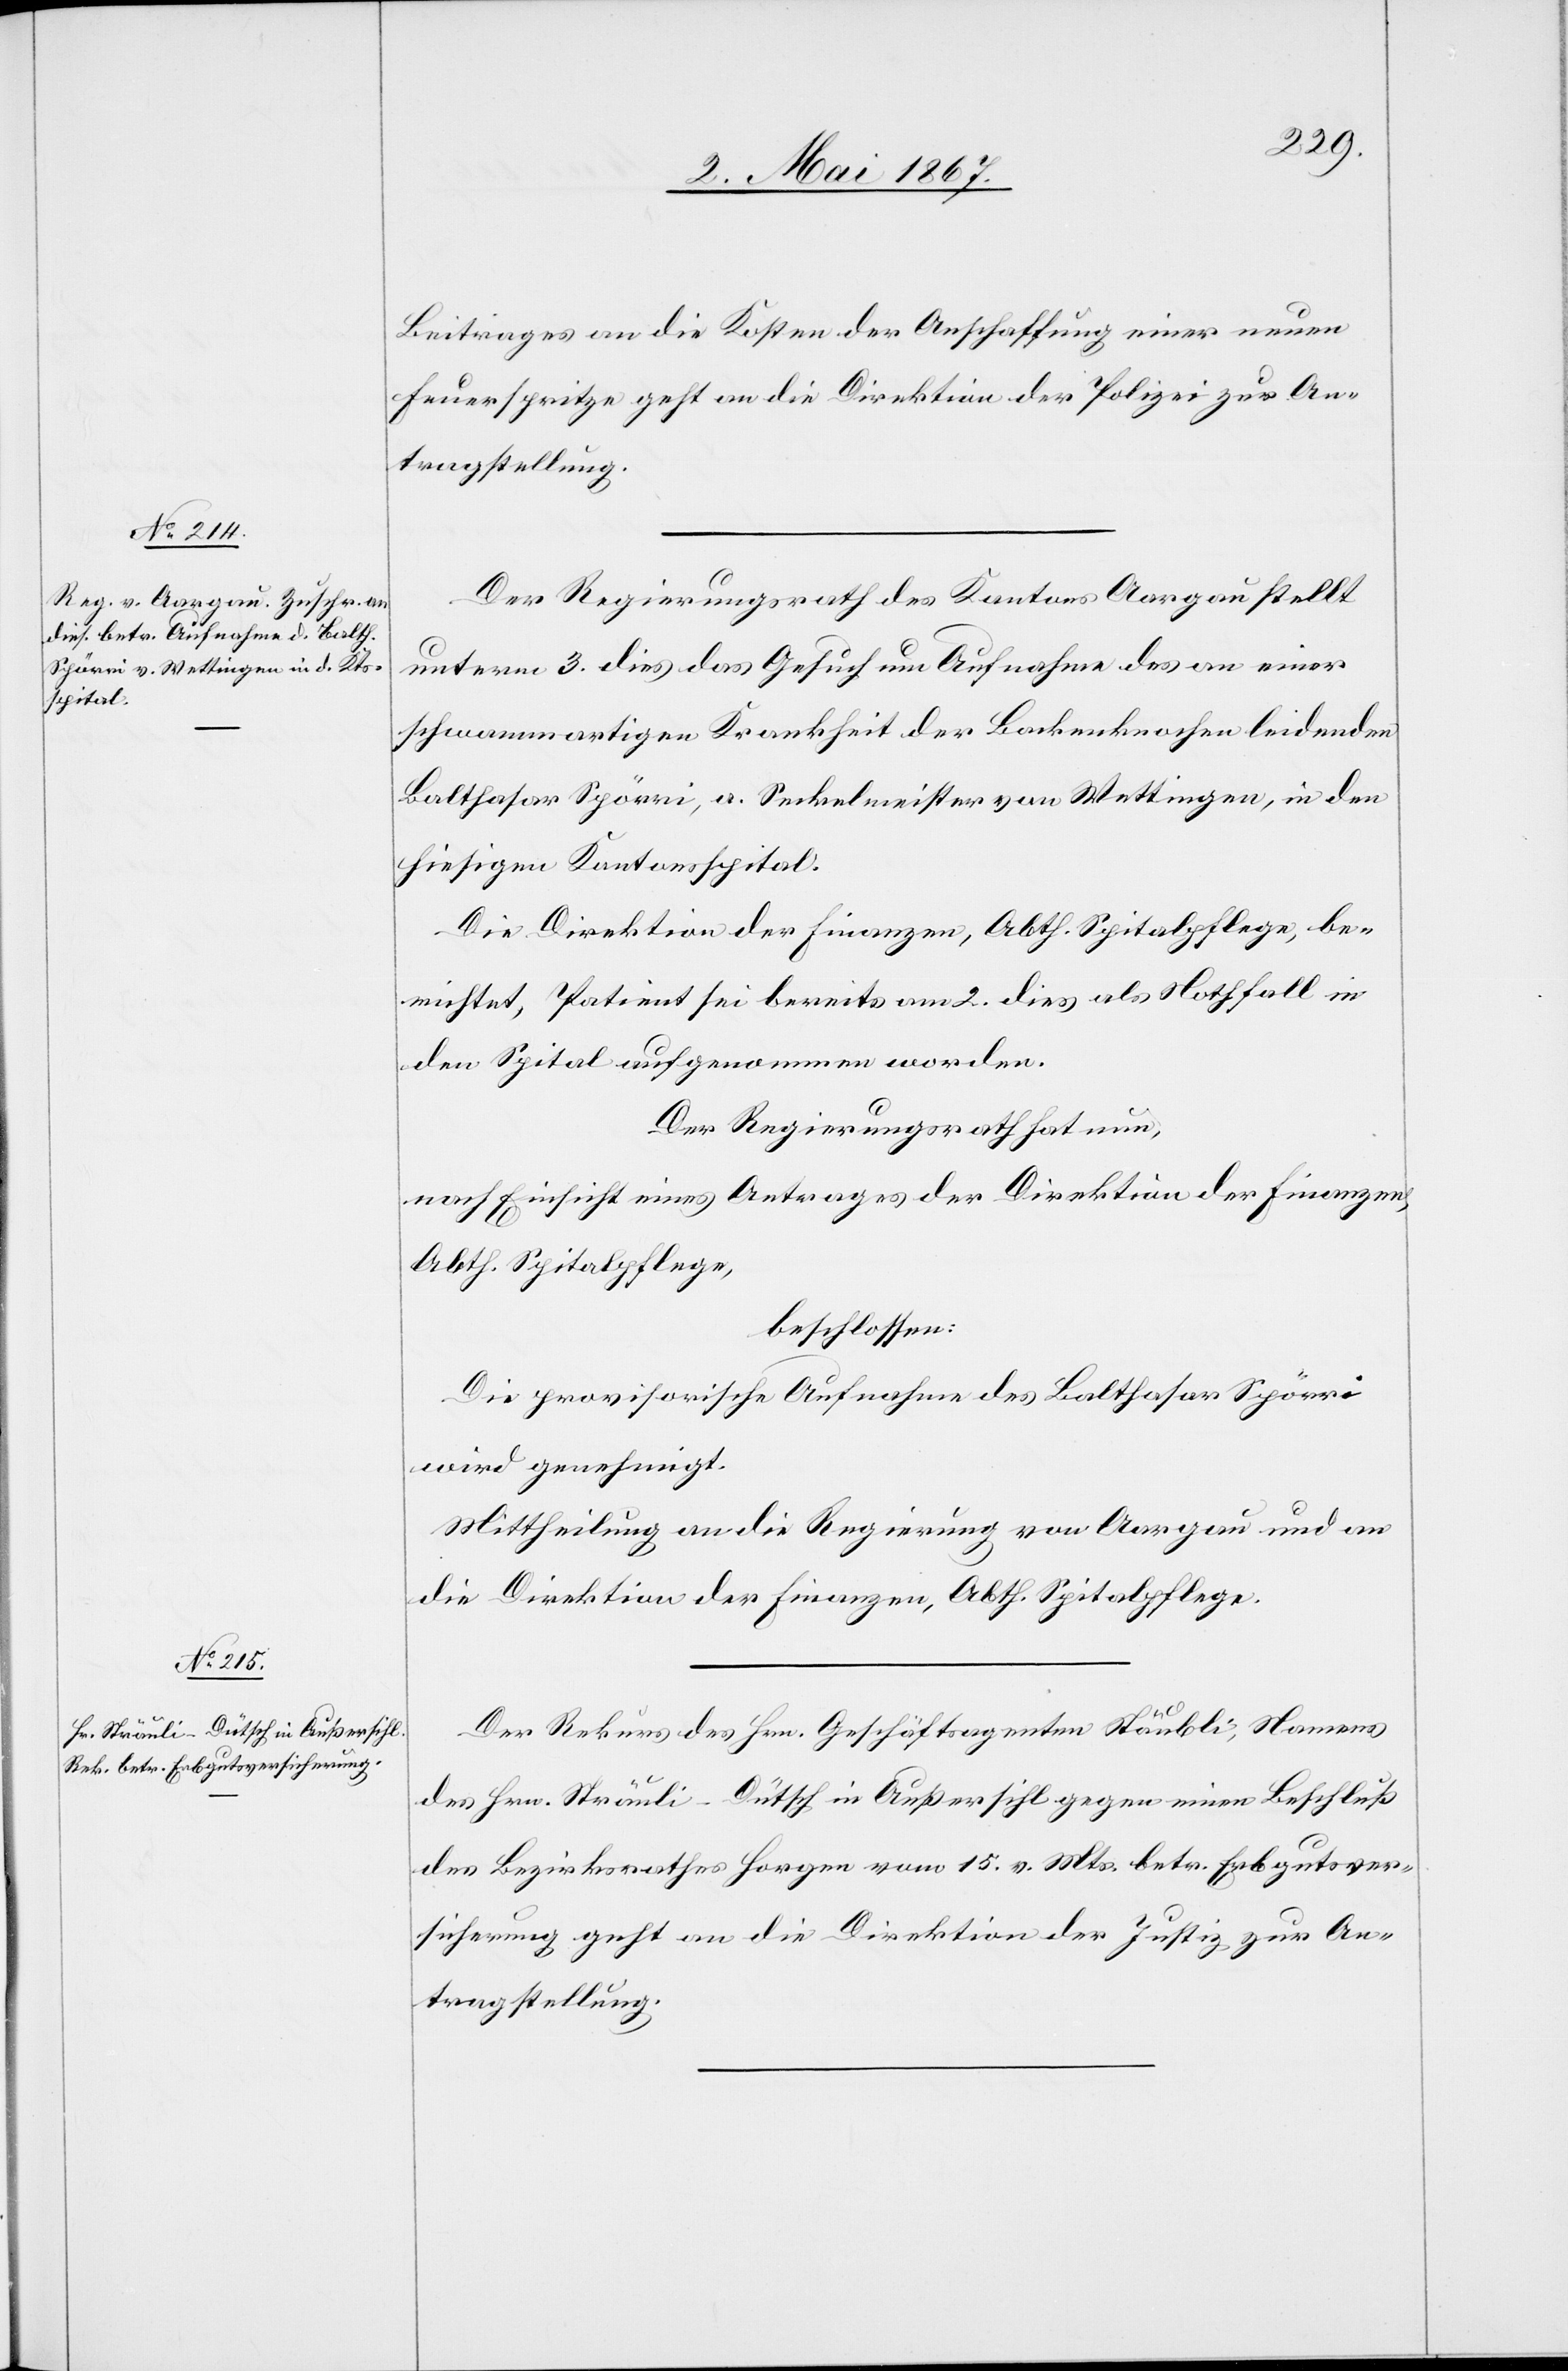
9. Mai 1867.]
Beitrages an die Kosten der Anschaffung einer neuen
Feuerspritze geht an die Direktion der Polizei zur An¬
tragstellung.
Der Regierungsrath des Kantons Aargau stellt
unterm 3. dies das Gesuch um Aufnahme des an einer
schwammartigen Krankheit der Backenknochen leidenden
Balthasar Spörri, a. Seckelmeister von Wettingen, in den
hiesigen Kantonsspital.
Die Direktion der Finanzen, Abth. Spitalpflege, be¬
richtet, Patient sei bereits am 2. dies als Nothfall in
den Spital aufgenommen worden.
Der Regierungsrath hat nun,
nach Einsicht eines Antrages der Direktion der Finanzen,
Abth. Spitalpflege,
beschlossen:
Die provisorische Aufnahme des Balthasar Spörri
wird genehmigt.
Mittheilung an die Regierung von Aargau und an
die Direktion der Finanzen, Abth. Spitalpflege.
Der Rekurs des Hrn. Geschäftsagenten Sträuli, Namens
des Hrn. Sträuli-Dütsch in Außersihl gegen einen Beschluß
des Bezirksrathes Horgen vom 15. v. Mts. betr. Erbgutsver¬
sicherung geht an die Direktion der Justiz zur An¬
tragstellung.